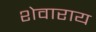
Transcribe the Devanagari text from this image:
शेवाराय